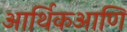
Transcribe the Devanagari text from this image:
आर्थिकआणि